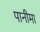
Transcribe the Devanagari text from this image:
पानीमा